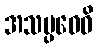
အသမ္ပဝေဓိ